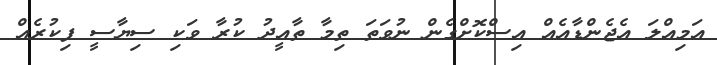
އަމިއްލަ އެޖެންޑާއެއް އިސްކޮށްގެން ނުވަތަ ތިމާ ތާއީދު ކުރާ ވަކި ސިޔާސީ ފިކުރެއް